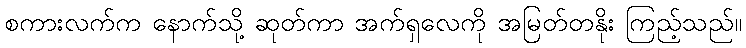
စကားလက်က နောက်သို့ ဆုတ်ကာ အက်ရှလေကို အမြတ်တနိုး ကြည့်သည်။